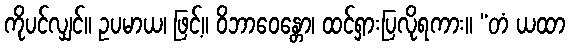
ကိုပင်လျှင်။ ဥပမာယ၊ ဖြင့်။ ဝိဘာဝေန္တော၊ ထင်ရှားပြလိုရကား။ “တံ ယထာ